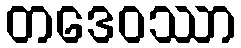
တဒေဝဿာ